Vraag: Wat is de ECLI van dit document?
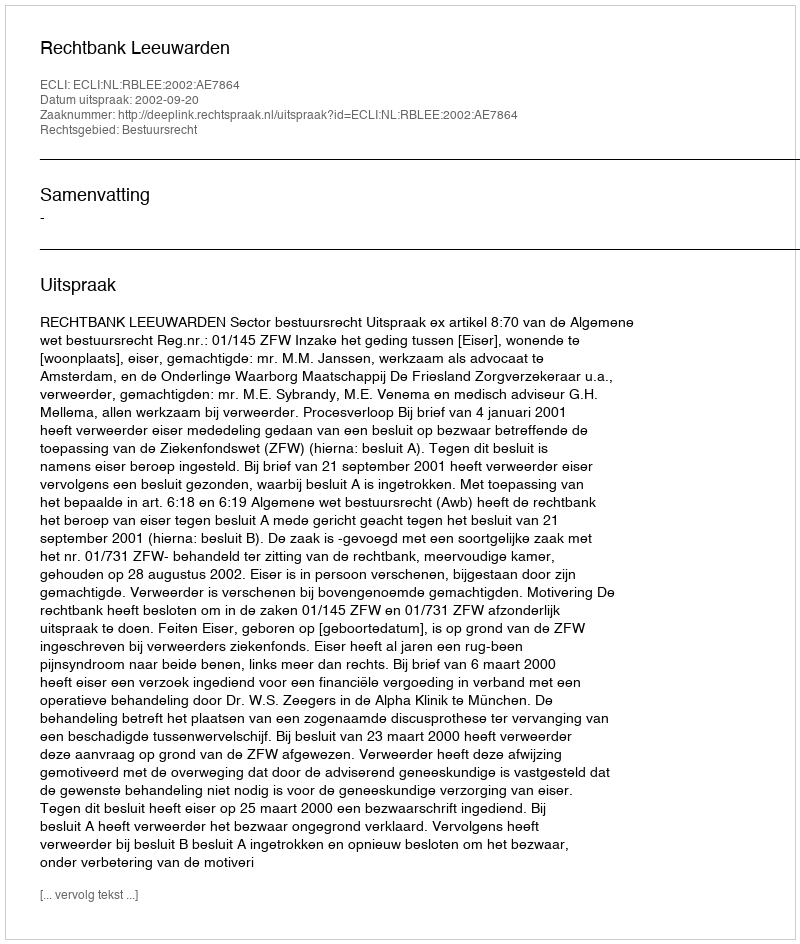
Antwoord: ECLI:NL:RBLEE:2002:AE7864